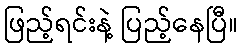
ဖြည့်ရင်းနဲ့ ပြည့်နေပြီ။